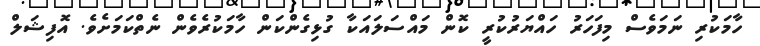
ހާމަކުރި ނަމަވެސް މިފަހަރު ހައްޔަރުކުރީ ކޮން މައްސަލައަކާ ގުޅިގެންކަން ހާމަކުރެވެން ނެތްކަމަށެވެ. އޮފިޝަލް